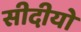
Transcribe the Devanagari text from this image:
सीदीयो